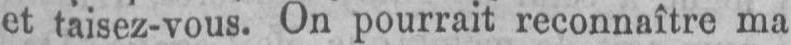
et taisez-vous. On pourrait reconnaître ma